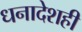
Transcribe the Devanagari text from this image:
धनादेशही